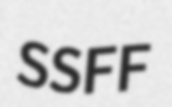
SSFF